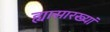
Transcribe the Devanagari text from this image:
ह्यासारख्यां